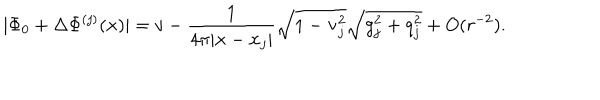
LaTeX: | \Phi _ { 0 } + \Delta \Phi ^ { ( j ) } ( { \bf x } ) | = v - \frac { 1 } { 4 \pi | { \bf x } - { \bf x } _ { j } | } \sqrt { 1 - { \bf v } _ { j } ^ { 2 } } \sqrt { g _ { j } ^ { 2 } + q _ { j } ^ { 2 } } + O ( r ^ { - 2 } ) .